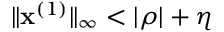
\| \mathbf { x } ^ { ( 1 ) } \| _ { \infty } < | \rho | + \eta